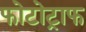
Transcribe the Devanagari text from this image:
फोटोट्राफ